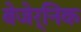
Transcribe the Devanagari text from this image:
बेजेर्निक